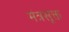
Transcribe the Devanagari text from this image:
मंत्रसूक्त